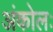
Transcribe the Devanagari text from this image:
अंकोलः